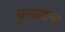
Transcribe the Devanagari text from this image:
चुनखडाचा